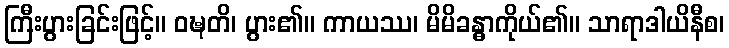
ကြီးပွားခြင်းဖြင့်။ ဝဍ္ဎတိ၊ ပွား၏။ ကာယဿ၊ မိမိခန္ဓာကိုယ်၏။ သာရာဒါယိနီစ၊